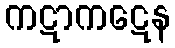
ကဋာကဋေန